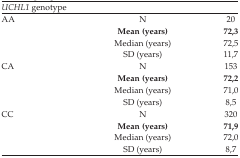
<table><thead><tr><td colspan="3"><b><i>UCHL1</i> genotype</b></td></tr></thead><tbody><tr><td>AA</td><td>N</td><td>20</td></tr><tr><td></td><td><b>Mean (years)</b></td><td><b>72,3</b></td></tr><tr><td></td><td>Median (years)</td><td>72,5</td></tr><tr><td></td><td>SD (years)</td><td>11,7</td></tr><tr><td>CA</td><td>N</td><td>153</td></tr><tr><td></td><td><b>Mean (years)</b></td><td><b>72,2</b></td></tr><tr><td></td><td>Median (years)</td><td>71,0</td></tr><tr><td></td><td>SD (years)</td><td>8,5</td></tr><tr><td>CC</td><td>N</td><td>320</td></tr><tr><td></td><td><b>Mean (years)</b></td><td><b>71,9</b></td></tr><tr><td></td><td>Median (years)</td><td>72,0</td></tr><tr><td></td><td>SD (years)</td><td>8,7</td></tr></tbody></table>